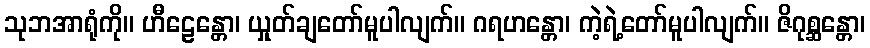
သုဘအာရုံကို။ ဟီဠေန္တော၊ ယှုတ်ချတော်မူပါလျက်။ ဂရဟန္တော၊ ကဲ့ရဲ့တော်မူပါလျက်။ ဇိဂုစ္ဆန္တော၊